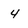
Character: 4